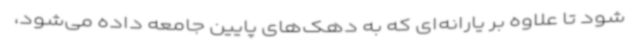
شود تا علاوه بر یارانه‌ای که به دهک‌های پایین جامعه داده‌ می‌شود،